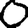
Digit: 0